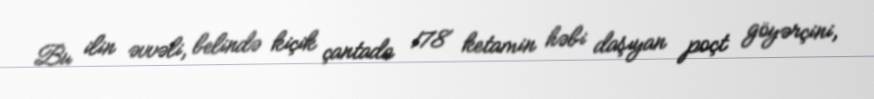
Bu ilin əvvəli, belində kiçik çantada 178 ketamin həbi daşıyan poçt göyərçini,